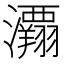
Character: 𰝲